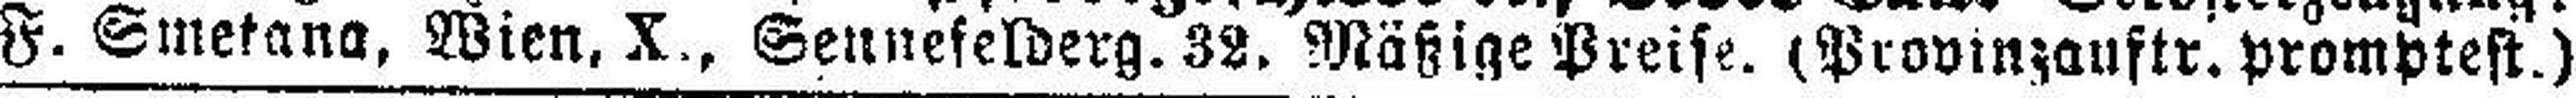
F. Smetana. Wien, X., Sennefelderg. 32. Mäßige Preise. (Provinzauftr. promptest.)